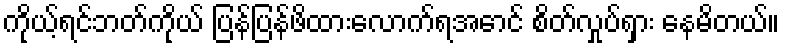
ကိုယ့်ရင်ဘတ်ကိုယ် ပြန်ပြန်ဖိထားလောက်ရအောင် စိတ်လှုပ်ရှား နေမိတယ်။